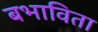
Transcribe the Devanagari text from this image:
बभाविता